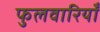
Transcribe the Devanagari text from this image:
फुलवारियाँ